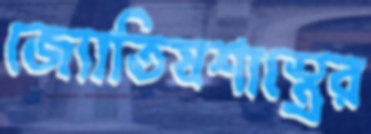
জ্যোতিষশাস্ত্রের